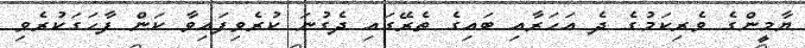
ޔާމީންގެ ވެރިކަމުގެ ދެ އަހަރާއި ބައިގެ ތެރޭގައި ދެގުނަ ކުރެވިފައިވާ ކަން ފާހަގަކުރެވި